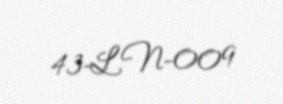
43-LN-009